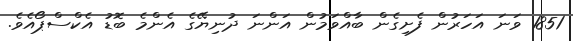
1851 ވަނަ އަހަރުން ފެށިގެން ބާއްވަމުން އަންނަ ދުނިޔޭގެ އެންމެ ބޮޑު އެކްސްޕޯއެވެ.